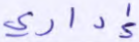
إداري